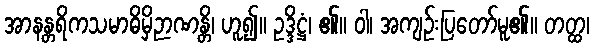
အာနန္တရိကသမာဓိမှိဉာဏန္တိ၊ ဟူ၍။ ဥဒ္ဒိဋ္ဌံ၊ ၏။ ဝါ၊ အကျဉ်းပြတော်မူ၏။ တတ္ထ၊